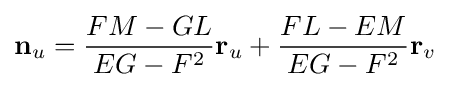
\mathbf {n} _{u}={\frac {FM-GL}{EG-F^{2}}}\mathbf {r} _{u}+{\frac {FL-EM}{EG-F^{2}}}\mathbf {r} _{v}